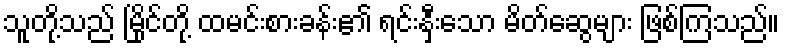
သူတို့သည် မြိုင်တို့ ထမင်းစားခန်း၏ ရင်းနှီးသော မိတ်ဆွေများ ဖြစ်ကြသည်။